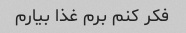
فکر کنم برم غذا بیارم